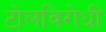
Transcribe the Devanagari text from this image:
टोलविरोधी